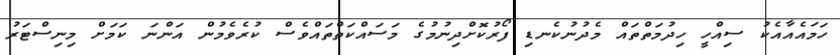
ހަމައެއާއެކު ސިއްހީ ހިދުމަތްތައް މެދުނުކެނޑި ފޯރުކޮށްދިނުމުގެ މަސައްކަތްތައްވެސް ކުރެވެމުން އަންނަ ކަމަށް މިނިސްޓަރު